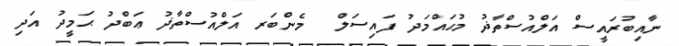
ނާއިބުރައީސް އަލްއުސްތާޛު މުޙައްމަދު ފައިސަލް  މެންބަރ އަލްއުސްތާޛު ޢަބްދު ޙަމީދު އަދި